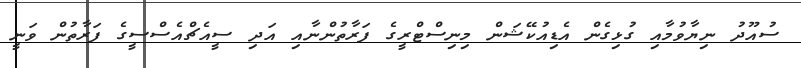
ސުއޫދު ނިޔާވުމާއި ގުޅިގެން އެޑިއުކޭޝަން މިނިސްޓްރީގެ ފަރާތުންނާއި އަދި ސީއެޗްއެސްސީގެ ފަރާތުން ވަނީ